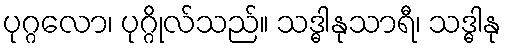
ပုဂ္ဂလော၊ ပုဂ္ဂိုလ်သည်။ သဒ္ဓါနုသာရီ၊ သဒ္ဓါနု